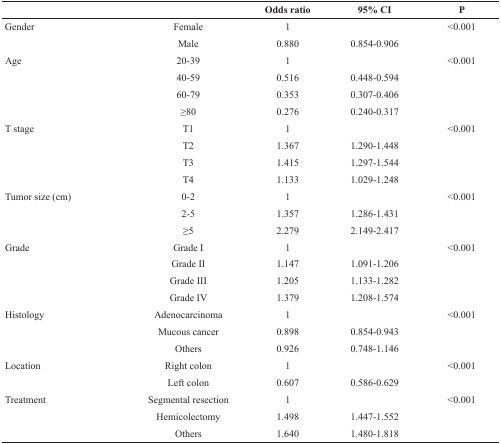
<table><thead><tr><td></td><td></td><td><b>Odds ratio</b></td><td><b>95% CI</b></td><td><b>P</b></td></tr></thead><tbody><tr><td>Gender</td><td>Female</td><td>1</td><td></td><td>&lt;0.001</td></tr><tr><td></td><td>Male</td><td>0.880</td><td>0.854-0.906</td><td></td></tr><tr><td>Age</td><td>20-39</td><td>1</td><td></td><td>&lt;0.001</td></tr><tr><td></td><td>40-59</td><td>0.516</td><td>0.448-0.594</td><td></td></tr><tr><td></td><td>60-79</td><td>0.353</td><td>0.307-0.406</td><td></td></tr><tr><td></td><td>≥80</td><td>0.276</td><td>0.240-0.317</td><td></td></tr><tr><td>T stage</td><td>T1</td><td>1</td><td></td><td>&lt;0.001</td></tr><tr><td></td><td>T2</td><td>1.367</td><td>1.290-1.448</td><td></td></tr><tr><td></td><td>T3</td><td>1.415</td><td>1.297-1.544</td><td></td></tr><tr><td></td><td>T4</td><td>1.133</td><td>1.029-1.248</td><td></td></tr><tr><td>Tumor size (cm)</td><td>0-2</td><td>1</td><td></td><td>&lt;0.001</td></tr><tr><td></td><td>2-5</td><td>1.357</td><td>1.286-1.431</td><td></td></tr><tr><td></td><td>≥5</td><td>2.279</td><td>2.149-2.417</td><td></td></tr><tr><td>Grade</td><td>Grade I</td><td>1</td><td></td><td>&lt;0.001</td></tr><tr><td></td><td>Grade II</td><td>1.147</td><td>1.091-1.206</td><td></td></tr><tr><td></td><td>Grade III</td><td>1.205</td><td>1.133-1.282</td><td></td></tr><tr><td></td><td>Grade IV</td><td>1.379</td><td>1.208-1.574</td><td></td></tr><tr><td>Histology</td><td>Adenocarcinoma</td><td>1</td><td></td><td>&lt;0.001</td></tr><tr><td></td><td>Mucous cancer</td><td>0.898</td><td>0.854-0.943</td><td></td></tr><tr><td></td><td>Others</td><td>0.926</td><td>0.748-1.146</td><td></td></tr><tr><td>Location</td><td>Right colon</td><td>1</td><td></td><td>&lt;0.001</td></tr><tr><td></td><td>Left colon</td><td>0.607</td><td>0.586-0.629</td><td></td></tr><tr><td>Treatment</td><td>Segmental resection</td><td>1</td><td></td><td>&lt;0.001</td></tr><tr><td></td><td>Hemicolectomy</td><td>1.498</td><td>1.447-1.552</td><td></td></tr><tr><td></td><td>Others</td><td>1.640</td><td>1.480-1.818</td><td></td></tr></tbody></table>